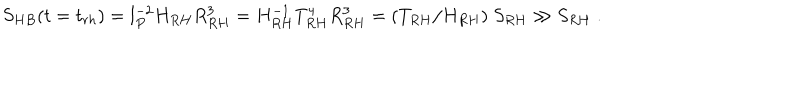
LaTeX: S _ { H B } ( t = t _ { r h } ) = l _ { P } ^ { - 2 } H _ { R H } R _ { R H } ^ { 3 } = H _ { R H } ^ { - 1 } T _ { R H } ^ { 4 } R _ { R H } ^ { 3 } = ( T _ { R H } / H _ { R H } ) ~ S _ { R H } \gg S _ { R H } \; .